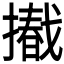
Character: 𢶩